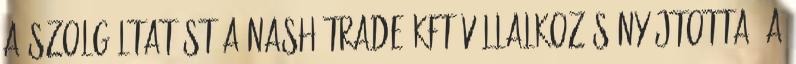
a szolgáltatást a Nash Trade Kft vállalkozás nyújtotta. A